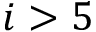
i > 5